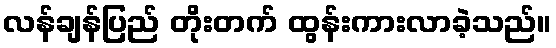
လန်ချန်ပြည် တိုးတက် ထွန်းကားလာခဲ့သည်။